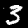
Label: 3